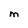
Character: M